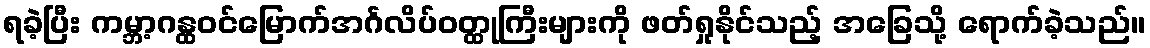
ရခဲ့ပြီး ကမ္ဘာ့ဂန္ထဝင်မြောက်အင်္ဂလိပ်ဝတ္ထုကြီးများကို ဖတ်ရှုနိုင်သည့် အခြေသို့ ရောက်ခဲ့သည်။